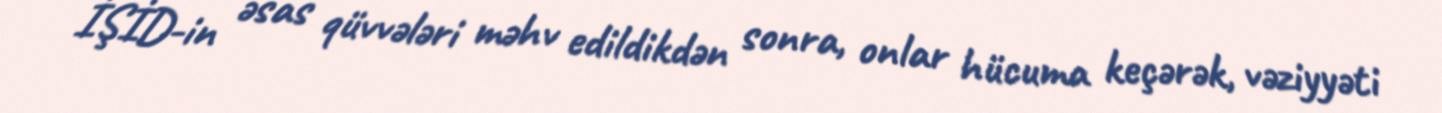
İŞİD-in əsas qüvvələri məhv edildikdən sonra, onlar hücuma keçərək, vəziyyəti